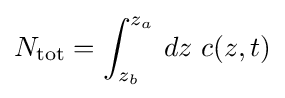
N_{\text{tot}}=\int _{z_{b}}^{z_{a}}\,dz\ c(z,t)